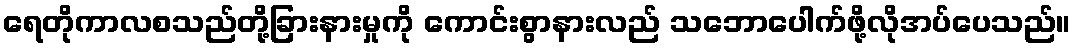
ရေတိုကာလစသည်တို့ခြားနားမှုကို ကောင်းစွာနားလည် သဘောပေါက်ဖို့လိုအပ်ပေသည်။